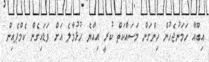
އިބޫއާ ހަމަނުޖެހުން ހިންގަން މަސައްކަތް ކުރީ އިއްޔެ ހުޅުމާލެ އަށް ވަޑައިގެން ކެމްޕެއިން